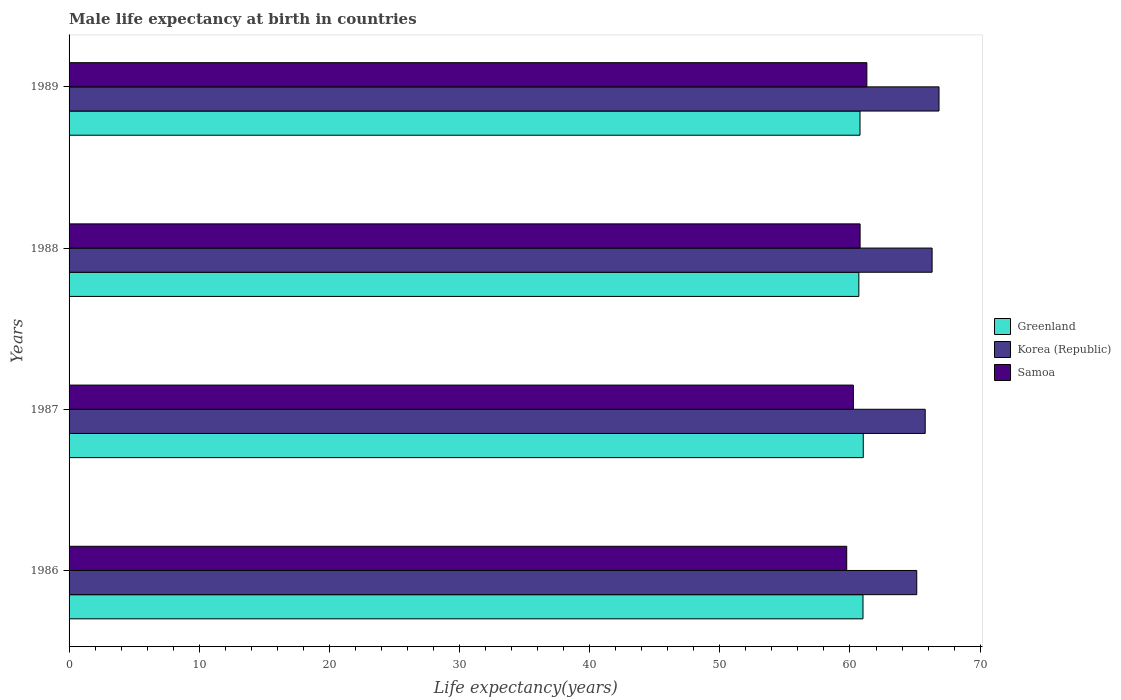
| Years | Greenland | Korea (Republic) | Samoa |
 | --- | --- | --- | --- |
 | 1986 | 61 | 65.1 | 59.7 |
 | 1987 | 61 | 65.8 | 60.3 |
 | 1988 | 60.7 | 66.3 | 60.8 |
 | 1989 | 60.8 | 66.8 | 61.3 |